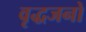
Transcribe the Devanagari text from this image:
वृद्धजनो